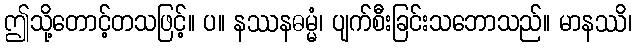
ဤသို့တောင့်တသဖြင့်။ ပ။ နဿနဓမ္မံ၊ ပျက်စီးခြင်းသဘောသည်။ မာနဿိ၊